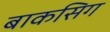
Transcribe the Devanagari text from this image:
बाकसिग